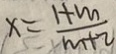
x = \frac { 1 + m } { m + 2 }